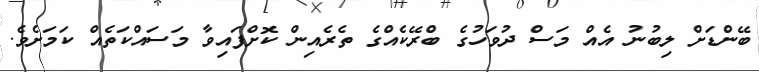
ބޭންޑަށް ލިބުނު އެއް މަސް ދުވަހުގެ ބްރޭކެއްގެ ތެރެއިން ކޮށްފައިވާ މަސައްކަތެއް ކަމަށެވެ.